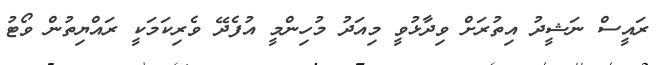
ރައީސް ނަޝީދު އިތުރަށް ވިދާޅުވީ މިއަދު މުހިންމީ އުފެދޭ ވެރިކަމަކީ ރައްޔިތުން ވޯޓު